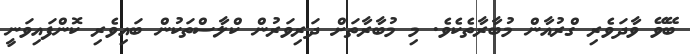
ބޭވޭ ވާދަވެރި ގްރުއާން މުބާރާތެކެވެ. މި މުބާރާތަށް ދަރިވަރުން ކްލާސްތަކުން ބައިވެރި ކޮންފައިވަނީ